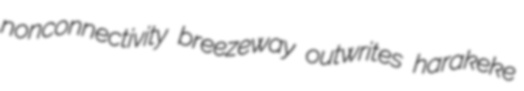
nonconnectivity breezeway outwrites harakeke